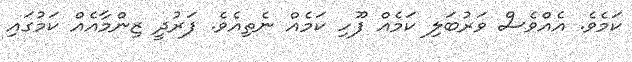
ކަމެވެ. އެއްވެސް ވަރުބަލި ކަމެއް ފޫހި ކަމެއް ނެތިއެވެ. ފަރުދީ ޒިންމާއެއް ކަމުގައި